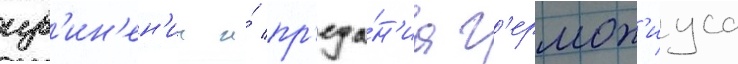
изв'ин'ен'ии и́ пр'еда́н'иа г'ермон'иуса